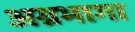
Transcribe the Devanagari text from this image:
अग्रभागा